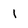
Character: 1